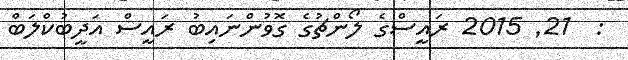
:  21